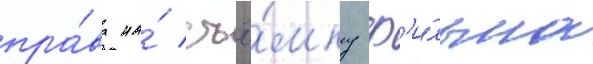
пра́ва на́ съё́мку ф'и́льма